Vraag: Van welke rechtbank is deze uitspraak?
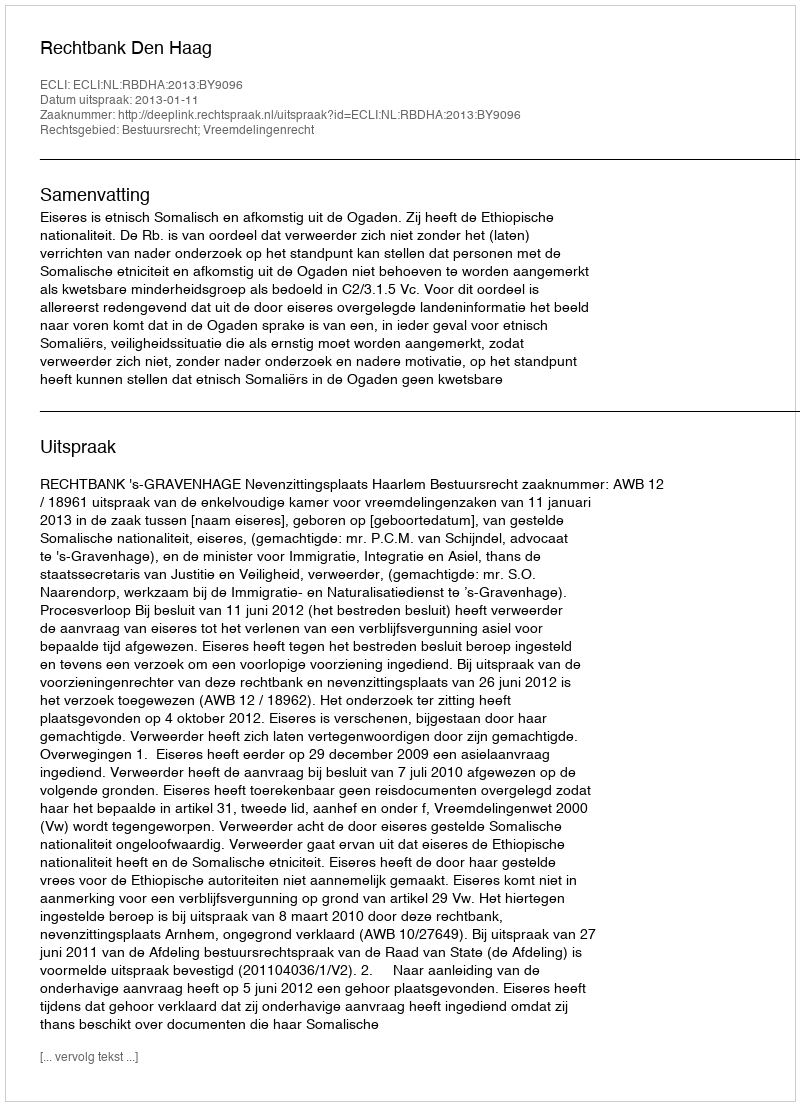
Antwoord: Rechtbank Den Haag